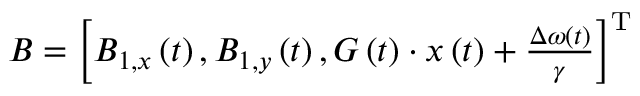
\begin{array} { r } { \boldsymbol { B } = \left[ B _ { 1 , x } \left( t \right) , B _ { 1 , y } \left( t \right) , \boldsymbol { G } \left( t \right) \cdot \boldsymbol { x } \left( t \right) + \frac { \Delta \omega ( t ) } { \gamma } \right] ^ { \mathrm { T } } } \end{array}